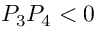
P _ { 3 } P _ { 4 } < 0